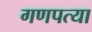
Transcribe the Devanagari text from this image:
गणपत्या